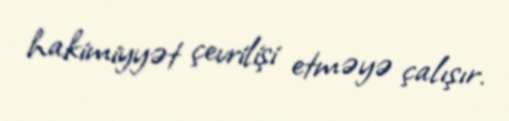
hakimiyyət çevrilişi etməyə çalışır.